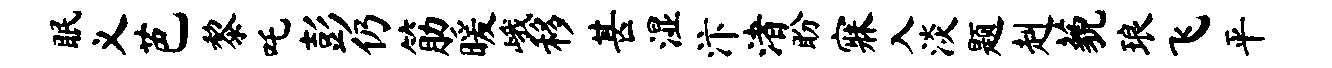
眠义芭黎吒彭仍筋暖峨移甚湿汴渚盼寐入淡题赳藐琅飞平